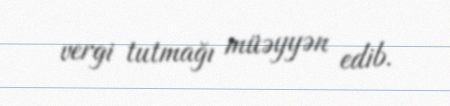
vergi tutmağı müəyyən edib.